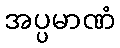
အပ္ပမာဏံ